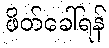
ဖိတ်ခေါ်ရန်